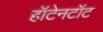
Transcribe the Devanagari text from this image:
हॉटेनटॉट